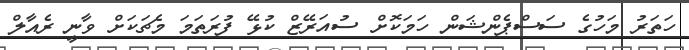
ހަތަރު މަހުގެ ސަސްޕެންޝަން ހަމަކޮށް ސުއަރޭޒް ކުޅޭ ފުރަަތަމަ މެޗަކަށް ވާނީ ރެއާލް